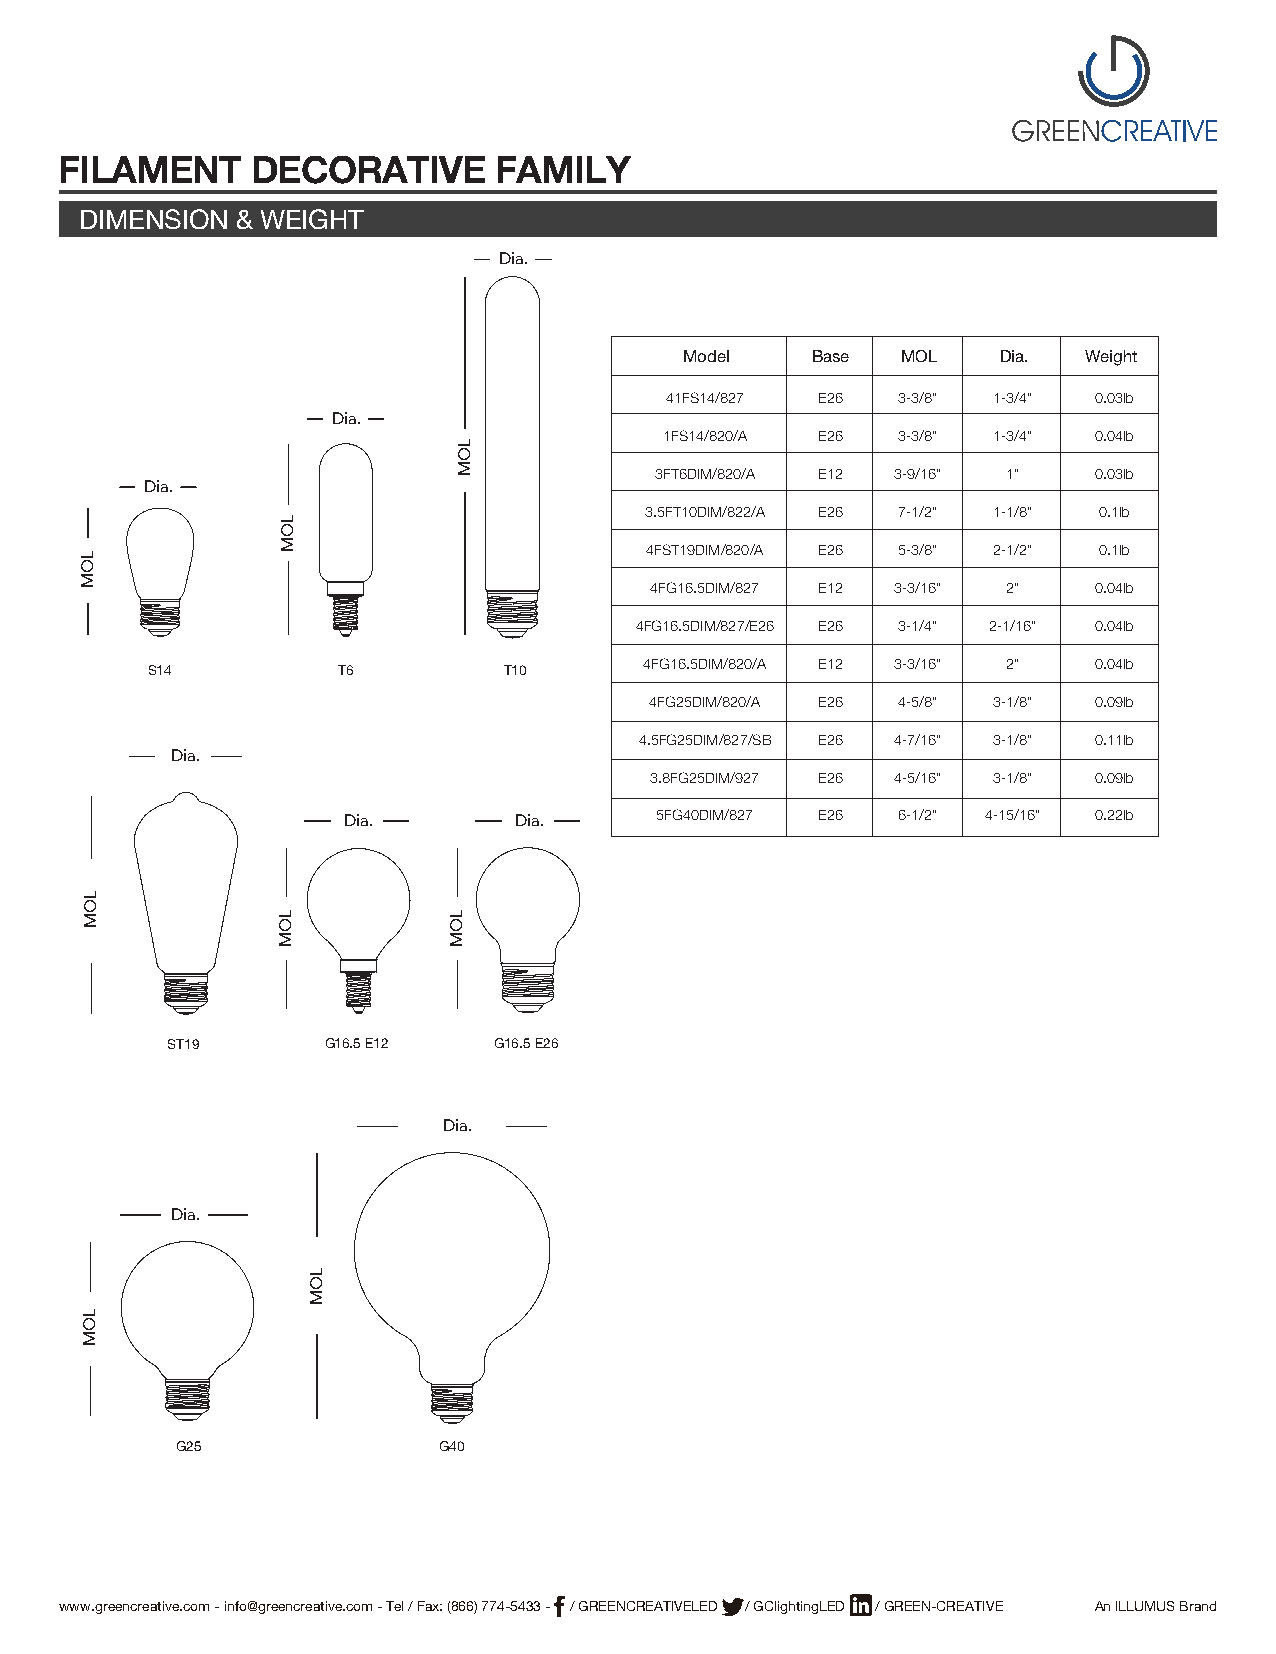
FILAMENT     DECORATIVE      FAMILY
 DIMENSION  & WEIGHT
 Dia.
 Model    Base  MOL   Dia.  Weight
 41FS14/827 E26 3-3/8" 1-3/4" 0.03lb
 Dia.
 1FS14/820/A E26 3-3/8" 1-3/4" 0.04lb
 3FT6DIM/820/A E12 3-9/16" 1" 0.03lb
 Dia.
 3.5FT10DIM/822/A E26 7-1/2" 1-1/8" 0.1lb
 4FST19DIM/820/A E26 5-3/8" 2-1/2" 0.1lb
 4FG16.5DIM/827 E12 3-3/16" 2" 0.04lb
 4FG16.5DIM/827/E26 E26 3-1/4" 2-1/16" 0.04lb
 4FG16.5DIM/820/A E12 3-3/16" 2" 0.04lb
 S14         T6         T10
 4FG25DIM/820/A E26 4-5/8" 3-1/8" 0.09lb
 4.5FG25DIM/827/SB E26 4-7/16" 3-1/8" 0.11lb
 Dia.
 3.8FG25DIM/927 E26 4-5/16" 3-1/8" 0.09lb
 5FG40DIM/827 E26 6-1/2" 4-15/16" 0.22lb
 Dia.       Dia.
 ST19      G16.5 E12   G16.5 E26
 Dia.
 Dia.
 G25              G40
 www.greencreative.com - info@greencreative.com - Tel / Fax: (866) 774-5433 - / GREENCREATIVELED / GClightingLED / GREEN-CREATIVE An ILLUMUS Brand
 LOM
 LOM
 LOM
 LOM
 LOM
 LOM
 LOM
 LOM